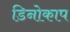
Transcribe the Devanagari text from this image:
डिनोकाप